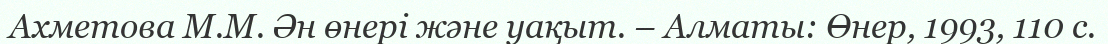
Ахметова М.М. Ән өнері және уақыт. – Алматы: Өнер, 1993, 110 с.